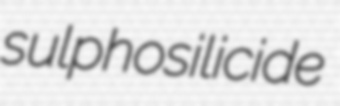
sulphosilicide